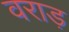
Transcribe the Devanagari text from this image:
वराड़